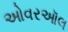
ઓવરઑલ